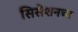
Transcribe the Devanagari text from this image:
सिसेशनचा